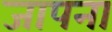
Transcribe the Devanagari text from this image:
जापना